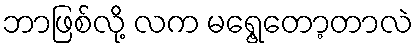
ဘာဖြစ်လို့ လက မရွေ့တော့တာလဲ